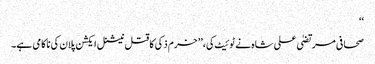
‘‘
صحافی مرتضیٰ علی شاہ نے ٹوئیٹ کی،’’ خرم ذکی کا قتل نیشنل ایکشن پلان کی ناکامی ہے۔